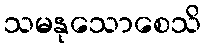
သမနုသောစေသိ